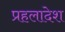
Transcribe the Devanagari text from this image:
प्रहलादेश